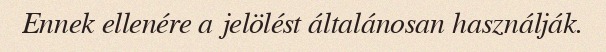
Ennek ellenére a jelölést általánosan használják.